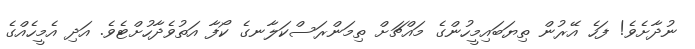
ނުދާށެވެ! ފަހެ އޭރުން ތިޔަބައިމީހުންގެ މައްޗަށް ތިމަންރަސްކަލާނގެ ކޯފާ އަތުވެދާހުށްޓެވެ. އަދި އެމީހެއްގެ